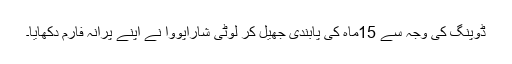
ڈوپنگ کی وجہ سے 15ماہ کی پابندی جھیل کر لوٹی شاراپووا نے اپنے پرانہ فارم دکھایا۔